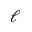
\ell